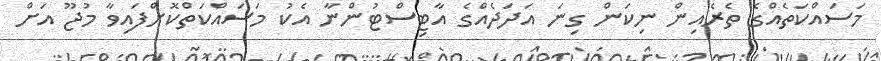
މަސައްކަތެއްގެ ތެރެއިން ނިކަން ގިނަ އަދަދެއްގެ އާޓިސްޓުންނާ އެކު މަސައްކަތްކޮށްފައިވާ މުޖޫ އަށް